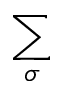
\sum _ { \sigma }